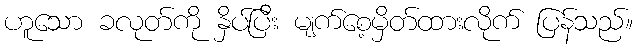
ဟူသော ခလုတ်ကို နှိပ်ပြီး မျက်စေ့မှိတ်ထားလိုက် ပြန်သည်။